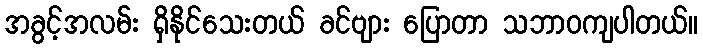
အခွင့်အလမ်း ရှိနိုင်သေးတယ် ခင်ဗျား ပြောတာ သဘာဝကျပါတယ်။